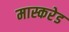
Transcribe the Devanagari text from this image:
मास्करेड